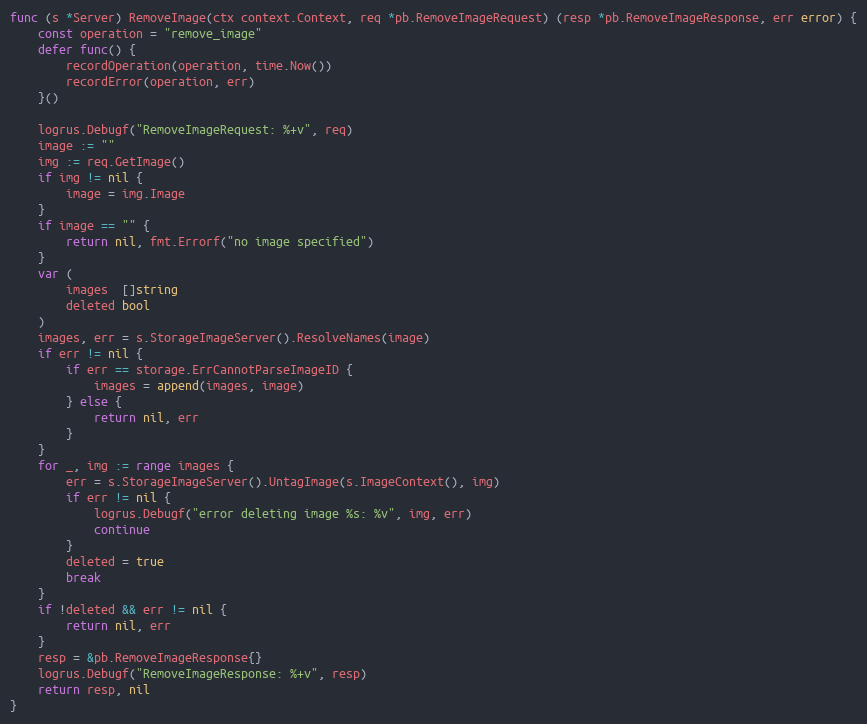
Language: Go
func (s *Server) RemoveImage(ctx context.Context, req *pb.RemoveImageRequest) (resp *pb.RemoveImageResponse, err error) {
	const operation = "remove_image"
	defer func() {
		recordOperation(operation, time.Now())
		recordError(operation, err)
	}()

	logrus.Debugf("RemoveImageRequest: %+v", req)
	image := ""
	img := req.GetImage()
	if img != nil {
		image = img.Image
	}
	if image == "" {
		return nil, fmt.Errorf("no image specified")
	}
	var (
		images  []string
		deleted bool
	)
	images, err = s.StorageImageServer().ResolveNames(image)
	if err != nil {
		if err == storage.ErrCannotParseImageID {
			images = append(images, image)
		} else {
			return nil, err
		}
	}
	for _, img := range images {
		err = s.StorageImageServer().UntagImage(s.ImageContext(), img)
		if err != nil {
			logrus.Debugf("error deleting image %s: %v", img, err)
			continue
		}
		deleted = true
		break
	}
	if !deleted && err != nil {
		return nil, err
	}
	resp = &pb.RemoveImageResponse{}
	logrus.Debugf("RemoveImageResponse: %+v", resp)
	return resp, nil
}